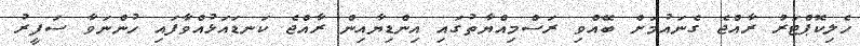
ހެލިކޮޕްޓަރު ރާއްޖެ ގެނައުމަށް ބޭއްވި ރަސްމިއްޔާތުގައި އިންޑިޔާއިން ރާއްޖެ ކަނޑައަޅުއްވާފައި ހުންނަވާ ސަފީރު